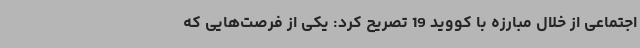
اجتماعی از خلال مبارزه با کووید 19 تصریح کرد: یکی از فرصت‌هایی که